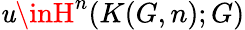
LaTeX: \mathit{u}\inH^{n}(K(G,n);G)